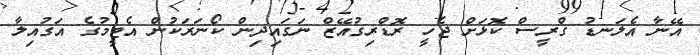
އޭނާ އެލަނޑު ގްރީސް ކޮޅަށް ޖެހީ ރޮޑްރިގުއޭޒް ނަގައިދިން ކޯނަރަކުން އެޓީމުގެ އަގުއިލާ